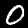
Label: 0